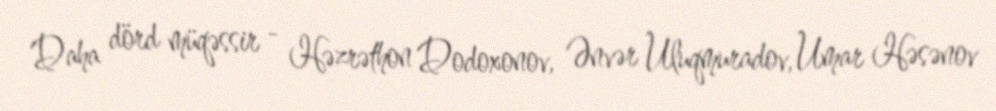
Daha dörd müqəssir - Həzrəthon Dodoxonov, Ənvər Uluqmuradov, Umar Həsənov